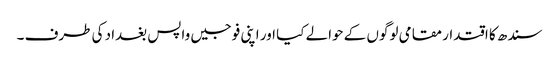
سندھ کا اقتدار مقامی لوگوں کے حوالے کیا اور اپنی فوجیں واپس بغداد کی طرف ۔